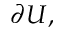
\partial U ,